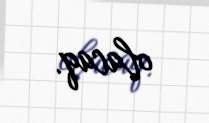
olacaq.